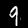
Digit: 9